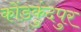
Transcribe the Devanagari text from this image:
कोंडकुंदपुर